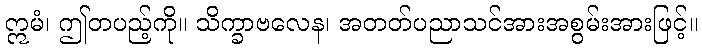
ဣမံ၊ ဤတပည့်ကို။ သိက္ခာဗလေန၊ အတတ်ပညာသင်အားအစွမ်းအားဖြင့်။